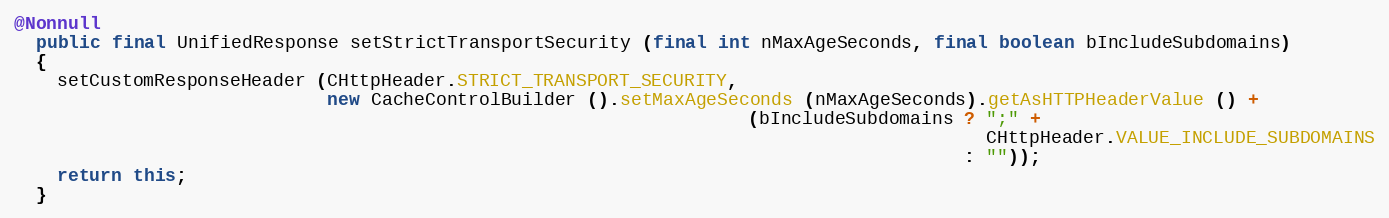
Language: Java
@Nonnull
  public final UnifiedResponse setStrictTransportSecurity (final int nMaxAgeSeconds, final boolean bIncludeSubdomains)
  {
    setCustomResponseHeader (CHttpHeader.STRICT_TRANSPORT_SECURITY,
                             new CacheControlBuilder ().setMaxAgeSeconds (nMaxAgeSeconds).getAsHTTPHeaderValue () +
                                                                    (bIncludeSubdomains ? ";" +
                                                                                          CHttpHeader.VALUE_INCLUDE_SUBDOMAINS
                                                                                        : ""));
    return this;
  }